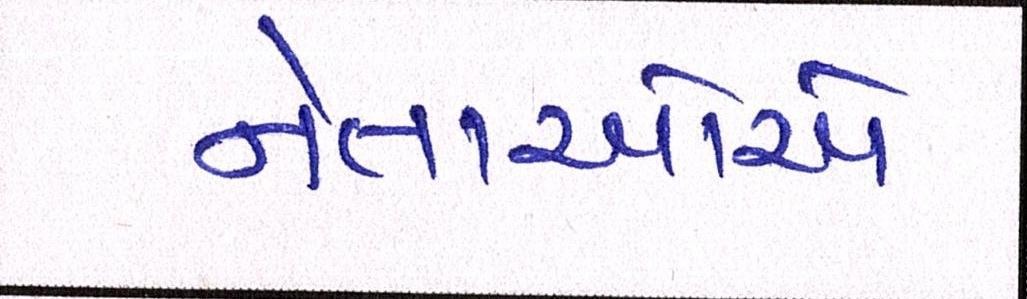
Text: નેતાઓએ